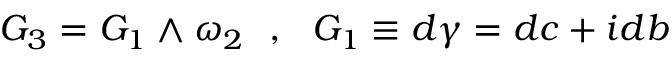
G _ { 3 } = G _ { 1 } \wedge \omega _ { 2 } ~ ~ , ~ ~ G _ { 1 } \equiv d \gamma = d c + i d b